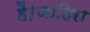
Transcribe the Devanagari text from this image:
है।जाहिरा